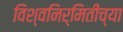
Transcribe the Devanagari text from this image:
विश्वनिर्मितीच्या